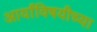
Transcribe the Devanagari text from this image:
आर्यांविषयीच्या